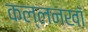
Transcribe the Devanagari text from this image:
कल्लनखाँ